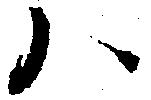
ハ